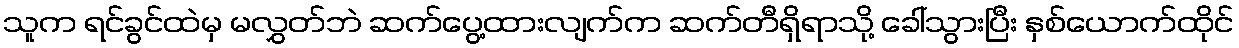
သူက ရင်ခွင်ထဲမှ မလွှတ်ဘဲ ဆက်ပွေ့ထားလျက်က ဆက်တီရှိရာသို့ ခေါ်သွားပြီး နှစ်ယောက်ထိုင်